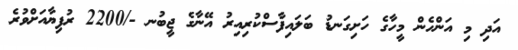
އަދި މި އަންހެން މީހާގެ ހަށިގަނޑު ބަލައިފާސްކުރިއިރު އޭނާގެ ޖީބުނ -/2200 ރުފިޔާއަށްވުރެ